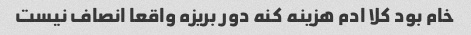
خام بود کلا ادم هزینه کنه دور بریزه واقعا انصاف نیست